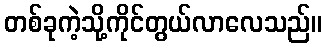
တစ်ခုကဲ့သို့ကိုင်တွယ်လာလေသည်။